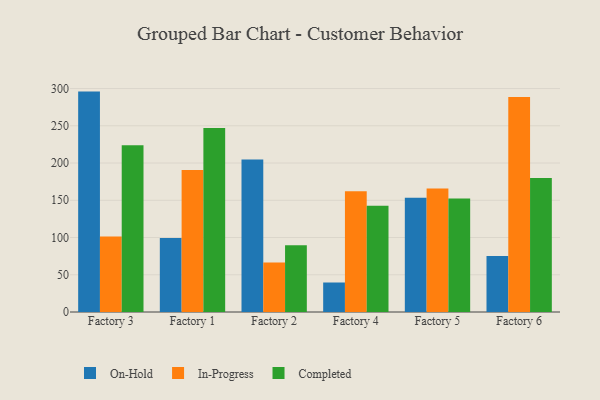
{"axis": {"x": "Factory", "y": "Budget (USD K)"}, "legend": ["Completed", "In-Progress", "On-Hold"], "data": [{"x": "Factory 3", "y": 295.9, "type": "On-Hold"}, {"x": "Factory 3", "y": 101.3, "type": "In-Progress"}, {"x": "Factory 3", "y": 223.8, "type": "Completed"}, {"x": "Factory 1", "y": 99.2, "type": "On-Hold"}, {"x": "Factory 1", "y": 190.8, "type": "In-Progress"}, {"x": "Factory 1", "y": 247.0, "type": "Completed"}, {"x": "Factory 2", "y": 204.7, "type": "On-Hold"}, {"x": "Factory 2", "y": 66.3, "type": "In-Progress"}, {"x": "Factory 2", "y": 89.5, "type": "Completed"}, {"x": "Factory 4", "y": 39.6, "type": "On-Hold"}, {"x": "Factory 4", "y": 162.1, "type": "In-Progress"}, {"x": "Factory 4", "y": 142.7, "type": "Completed"}, {"x": "Factory 5", "y": 153.5, "type": "On-Hold"}, {"x": "Factory 5", "y": 165.9, "type": "In-Progress"}, {"x": "Factory 5", "y": 152.3, "type": "Completed"}, {"x": "Factory 6", "y": 75.1, "type": "On-Hold"}, {"x": "Factory 6", "y": 288.5, "type": "In-Progress"}, {"x": "Factory 6", "y": 179.8, "type": "Completed"}]}